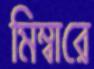
মিম্বারে